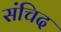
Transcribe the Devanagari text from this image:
संचिद